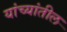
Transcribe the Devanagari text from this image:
यांच्यांतील